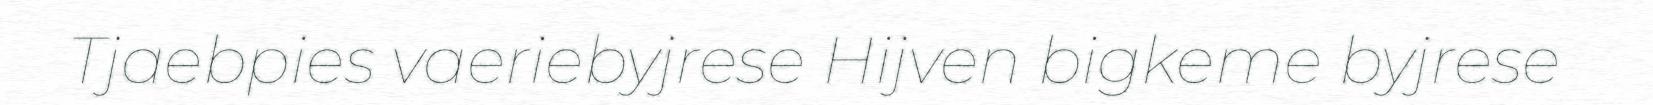
Tjaebpies vaeriebyjrese Hijven bigkeme byjrese